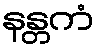
နန္တကံ